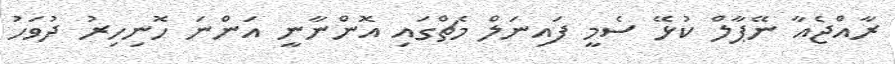
ރާއްޖެއާ ނޭޕާލް ކުޅޭ ސެމީ ފައިނަލް މެޗްގައި އޮންނާނީ އަންނަ ހޮނިހިރު ދުވަހު